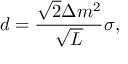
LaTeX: d = \frac { \sqrt { 2 } \Delta m ^ { 2 } } { \sqrt { L } } \sigma ,